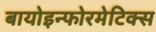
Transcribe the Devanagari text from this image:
बायोइन्फोरमेटिक्स